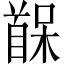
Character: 𫗷